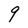
Character: 9